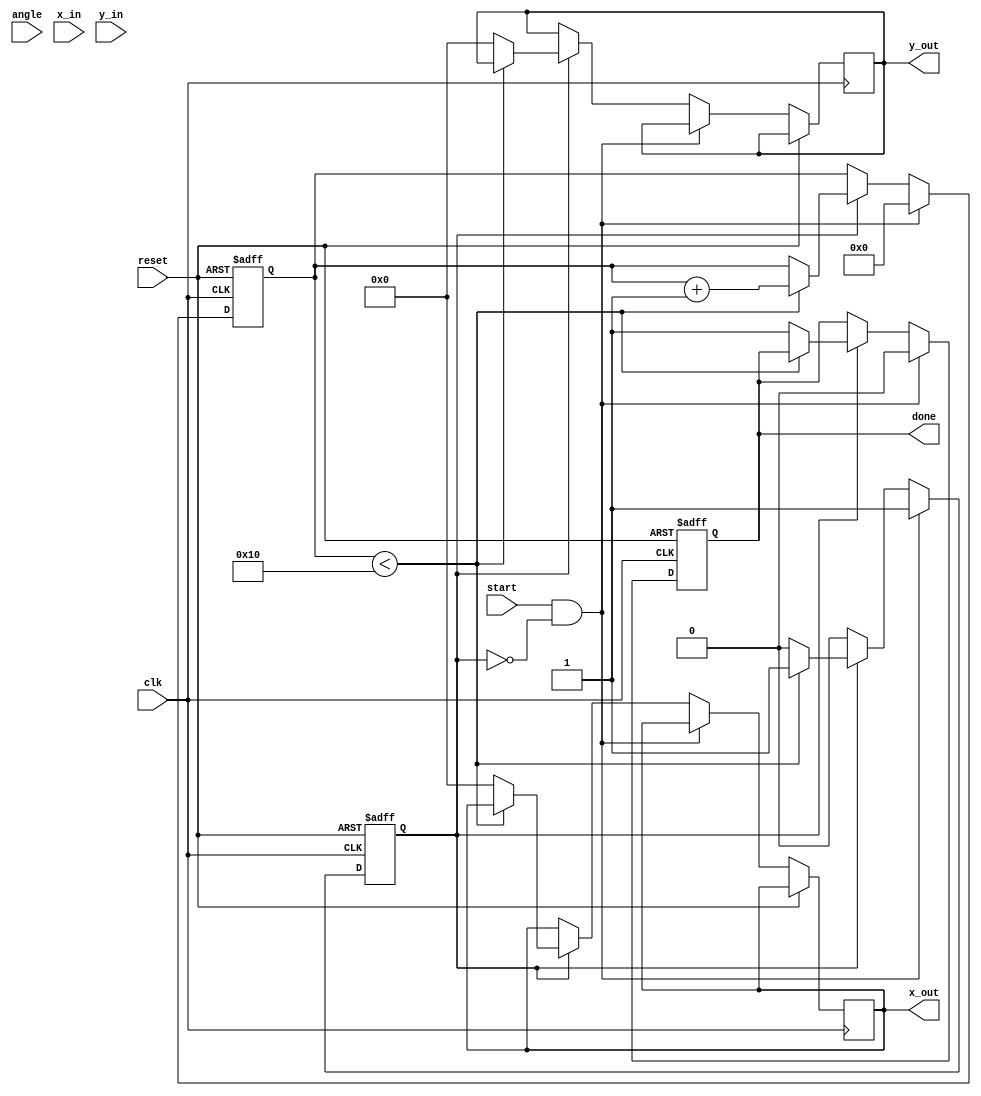
module cordic (
    input wire clk,
    input wire reset,
    input wire start,
    input wire [15:0] angle, // Input angle in fixed-point representation
    input wire [15:0] x_in,   // Initial X coordinate (1.0 in fixed point)
    input wire [15:0] y_in,   // Initial Y coordinate (0.0 in fixed point)
    output reg [15:0] x_out,   // Final X (cos(angle))
    output reg [15:0] y_out,   // Final Y (sin(angle))
    output reg done           // Signal indicating computation is complete
);

parameter N = 16;                    // Number of iterations
parameter K = 16'h26DD;              // Scaling factor (K = 0.6073 in fixed-point representation)
parameter FIXED_POINT_SHIFT = 16;   // Define the fixed-point shift amount

// CORDIC gain angles in fixed-point representation
reg [15:0] atan_table [0:N-1];
initial begin
    atan_table[0] = 16'h2000; // atan(2^0) = 0.7854 in fixed-point
    atan_table[1] = 16'h1400; // atan(2^-1) = 0.4636 in fixed-point
    atan_table[2] = 16'h0A00; // atan(2^-2) = 0.2449 in fixed-point
    atan_table[3] = 16'h0500; // atan(2^-3) = 0.1244 in fixed-point
    // Additional entries can be filled similarly
    // ...
    atan_table[15] = 16'h0002; // atan(2^-15) = approximately 0
end

// Internal signals
reg [15:0] x, y, z;
reg [3:0] i; // Iteration counter
reg active;

// Sequential process for CORDIC computation
always @(posedge clk or posedge reset) begin
    if (reset) begin
        x <= 16'h0000;
        y <= 16'h0000;
        z <= 16'h0000;
        done <= 1'b0;
        active <= 1'b0;
        i <= 0;
    end else if (start && !active) begin
        x <= x_in; // Initialize X
        y <= y_in; // Initialize Y
        z <= angle; // Initialize angle
        done <= 1'b0;
        active <= 1'b1;
        i <= 0;
    end else if (active) begin
        // CORDIC iterations
        if (i < N) begin
            // Rotate based on the current angle
            if (z >= 0) begin
                // Positive rotation
                x <= x - (y >>> i); // Right shift Y by i
                y <= y + (x >>> i); // Right shift X by i
                z <= z - atan_table[i]; // Subtract angle
            end else begin
                // Negative rotation
                x <= x + (y >>> i); // Right shift Y by i
                y <= y - (x >>> i); // Right shift X by i
                z <= z + atan_table[i]; // Add angle
            end
            i <= i + 1;
        end else begin
            // Final step: scaling
            x_out <= x * K >>> FIXED_POINT_SHIFT; // Scale X
            y_out <= y * K >>> FIXED_POINT_SHIFT; // Scale Y
            done <= 1'b1; // Indicate completion
            active <= 1'b0; // Stop further iterations
        end
    end
end

endmodule